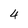
Character: 4